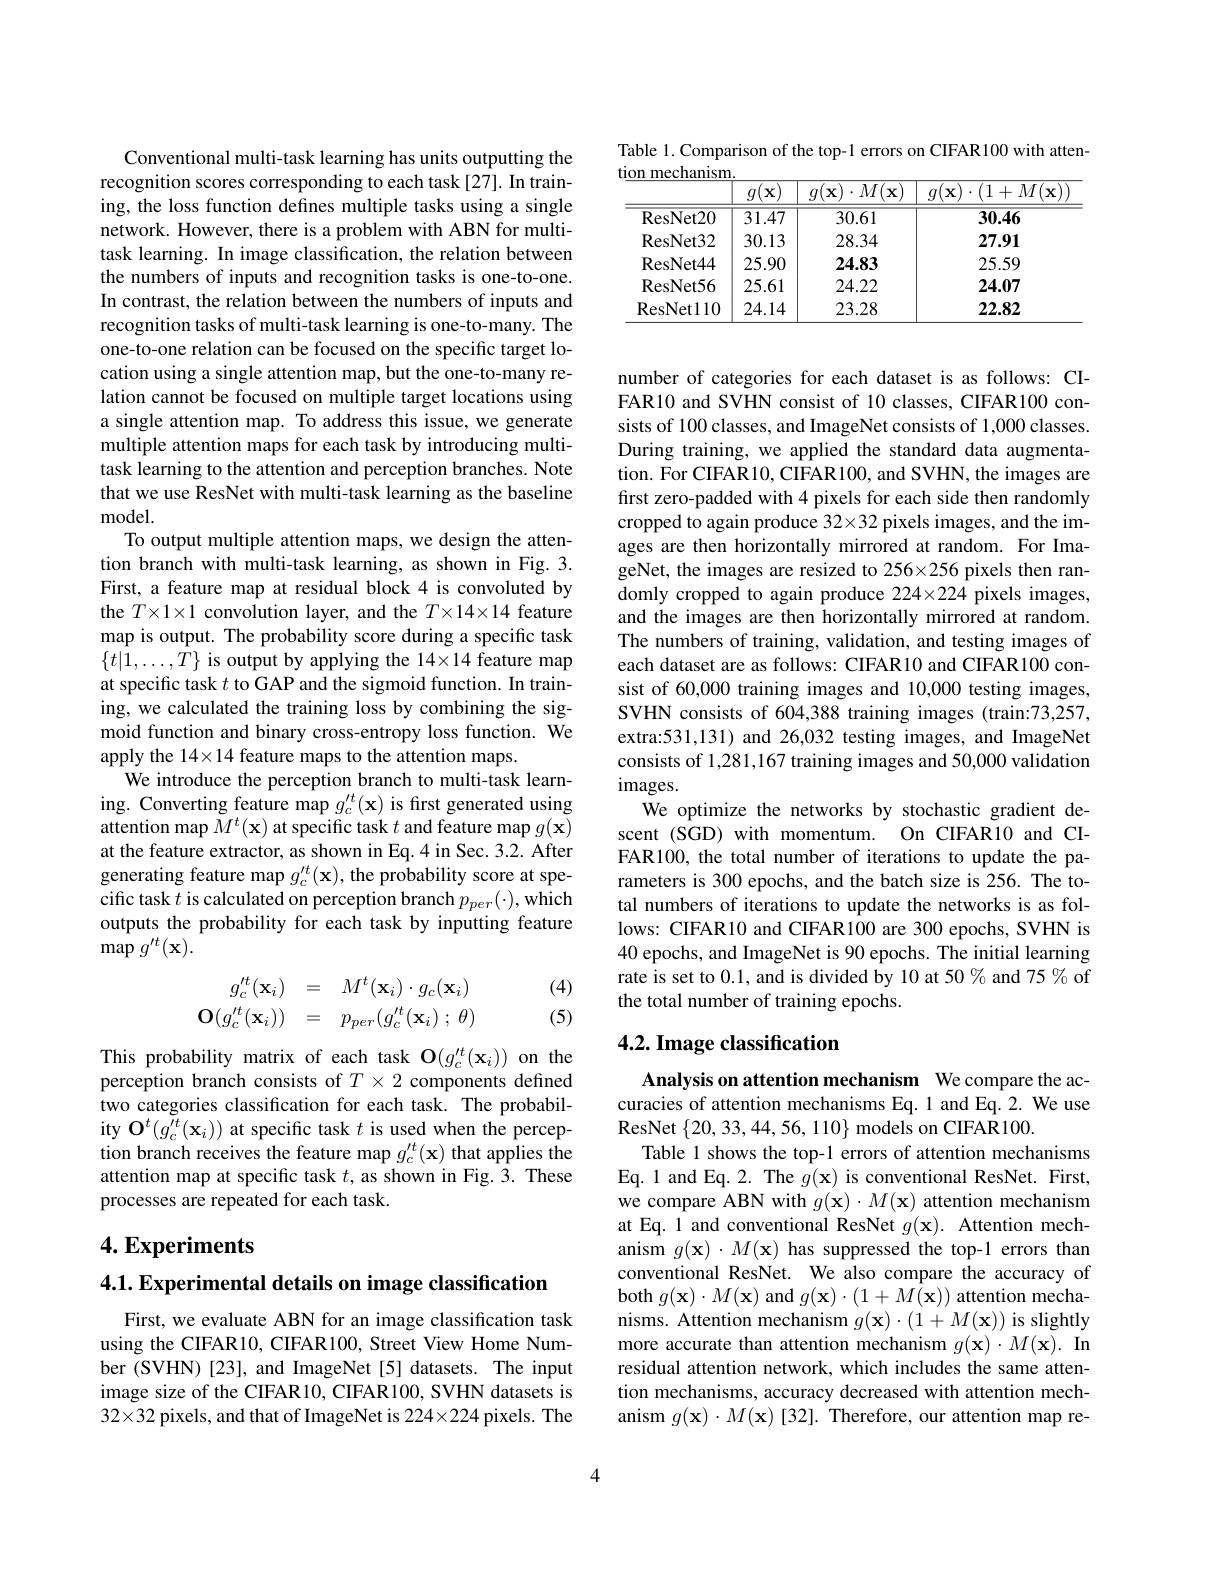
Conventional multi-task learning has units outputting the recognition scores corresponding to each task [27]. In training, the loss function defines multiple tasks using a single network. However, there is a problem with ABN for multitask learning. In image classification, the relation between the numbers of inputs and recognition tasks is one-to-one. In contrast, the relation between the numbers of inputs and recognition tasks of multi-task learning is one-to-many. The one-to-one relation can be focused on the specific target location using a single attention map, but the one-to-many relation cannot be focused on multiple target locations using a single attention map. To address this issue, we generate multiple attention maps for each task by introducing multitask learning to the attention and perception branches. Note that we use ResNet with multi-task learning as the baseline ${\mathrm{model}}.$
To output multiple attention maps, we design the attention branch with multi-task learning, as shown in Fig.3. First, a feature map at residual block 4 is convoluted by the $T\times1\times1$ convolution layer, and the $T\times14\times14$ feature map is output. The probability score during a specific task $\{t|\hat{1},\ldots,\hat{T}\}$ is output by applying the 14×14 feature map at specific task $t$ to GAP and the sigmoid function. In training, we calculated the training loss by combining the sigmoid function and binary cross-entropy loss function. We apply the 14×14 feature maps to the attention maps.
We introduce the perception branch to multi-task learning. Converting feature map $g_c^{\prime t}(\mathbf{x})$ is first generated using attention map $\dot{M}^t(\mathbf{x})$ at specific task $t$ and feature map $g(\mathbf{x})$ at the feature extractor, as shown in Eq.4 in Sec. 3.2. After generating feature map $g_c^{\prime t}(\mathbf{x})$, the probability score at specific task $t$ is calculated on perception branch $p_{per}(\cdot)$,which outputs the probability for each task by inputting feature $\operatorname*{map}g^{\prime t}(\mathbf{x}).$
(4)
$$\begin{array}{rcl}g_c't(\mathbf{x}_i)&=&M^t(\mathbf{x}_i)\cdot g_c(\mathbf{x}_i)\\\mathbf{O}(g_c't(\mathbf{x}_i))&=&p_{per}(g_c't(\mathbf{x}_i)\:;\:\theta)\end{array}$$
(5)

This probability matrix of each task O$(g_c^{\prime t}(\mathbf{x}_i))$ on the perception branch consists of $T\times2$ components defined two categories classification for each task. The probability $\mathbf{O}^t(g_c^{\prime t}(\mathbf{x}_i))$ at specific task $t$ is used when the perception branch receives the feature map $g_c^{\prime t}(\mathbf{x})$ that applies the attention map at specific task $t$, as shown in Fig. 3. These processes are repeated for each task.

# 4. Experiments

4.1. Experimental details on image classification

First, we evaluate ABN for an image classification task using the CIFAR10, CIFAR100, Street View Home Number (SVHN) [23], and ImageNet [5] datasets. The input image size of the CIFAR10, CIFAR100, SVHN datasets is $32\times32$ pixels, and that of ImageNet is 224×224 pixels. The

Table 1. Comparison of the top-1 errors on CIFAR100 with atten-

<table>
	<tbody>
		<tr>
			<th> </th>
			<th>$g(\mathbf{x})$</th>
			<th>$g(\mathbf{x})\cdot M(\mathbf{x})$</th>
			<th>$g(\mathbf{x})\cdot(1+M(\mathbf{x})$</th>
		</tr>
		<tr>
			<td>ResNet20</td>
			<td>31.47</td>
			<td>30.61</td>
			<td>30.46</td>
		</tr>
		<tr>
			<td>ResNet32</td>
			<td>30.13</td>
			<td>28.34</td>
			<td>27.91</td>
		</tr>
		<tr>
			<td>ResNet44</td>
			<td>25.90</td>
			<td>24.83</td>
			<td>25.59</td>
		</tr>
		<tr>
			<td>ResNet56</td>
			<td>25.61</td>
			<td>24.22</td>
			<td>24.07</td>
		</tr>
		<tr>
			<td>ResNet110</td>
			<td>24.14</td>
			<td>23.28</td>
			<td>22.82</td>
		</tr>
	</tbody>
</table>

number of categories for each dataset is as follows: CIFAR10 and SVHN consist of 10 classes, CIFAR100 consists of 100 classes, and ImageNet consists of 1,000 classes. During training, we applied the standard data augmentation. For CIFAR10, CIFAR100, and SVHN, the images are first zero-padded with 4 pixels for each side then randomly cropped to again produce 32×32 pixels images, and the images are then horizontally mirrored at random. For ImageNet, the images are resized to 256×256 pixels then randomly cropped to again produce 224×224 pixels images, and the images are then horizontally mirrored at random. The numbers of training, validation, and testing images of each dataset are as follows: CIFAR10 and CIFAR100 consist of 60,000 training images and 10,000 testing images, SVHN consists of 604,388 training images (train:73,257, extra:531,131) and 26,032 testing images, and ImageNet consists of 1,281,167 training images and 50,000 validation images.
We optimize the networks by stochastic gradient descent (SGD) with momentum. On CIFAR10 and CIFAR100, the total number of iterations to update the parameters is 300 epochs, and the batch size is 256. The total numbers of iterations to update the networks is as follows: CIFAR10 and CIFAR100 are 300 epochs, SVHN is 40 epochs, and ImageNet is 90 epochs. The initial learning rate is set to 0.1, and is divided by 10 at 50% and 75 % of the total number of training epochs.

# 4.2. Image classification

Analysis on attention mechanism We compare the accuracies of attention mechanisms Eq.1 and Eq.2. We use ResNet $\{20,33,44,56,110\}$ models on CIFAR100.
Table 1 shows the top-1 errors of attention mechanisms Eq.1 and Eq.2. The $g(\mathbf{x})$ is conventional ResNet. First, we compare ABN with $g(\mathbf{x})\cdot M(\mathbf{x})$ attention mechanism at Eq. 1 and conventional ResNet $g(\mathbf{x}).$ Attention mechanism $g(\mathbf{x})\cdot M(\mathbf{x})$ has suppressed the top-1 errors than conventional ResNet. We also compare the accuracy of $\operatorname { \mathrm{both~}} g( \mathbf{x} ) \cdot M( \mathbf{x} )$ and $g(\mathbf{x})\cdot(1+M(\mathbf{x}))$ attention mechanisms. Attention mechanism $g(\mathbf{x})\cdot(1+M(\mathbf{x}))$ is slightly more accurate than attention mechanism $g( \mathbf{x} ) \cdot M( \mathbf{x} ) . \textbf{In}$ residual attention network, which includes the same attention mechanisms, accuracy decreased with attention mechanism $g(\mathbf{x})\cdot M(\mathbf{x})[32].$ Therefore, our attention map re-

4